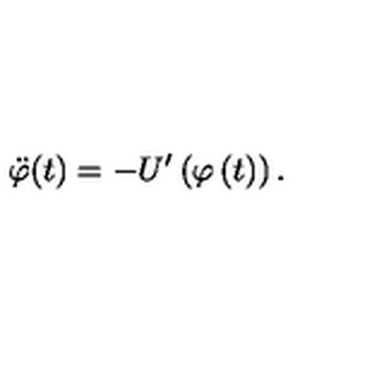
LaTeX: \ddot { \varphi } ( t ) = - U ^ { \prime } \left( \varphi \left( t \right) \right) .